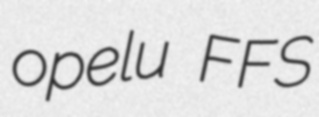
opelu FFS